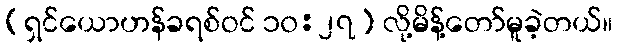
(ရှင်ယောဟန်ခရစ်ဝင် ၁၀:၂၇) လို့မိန့်တော်မူခဲ့တယ်။